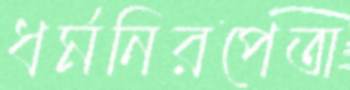
ধর্মনিরপেতা